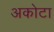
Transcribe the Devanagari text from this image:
अकोटा